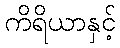
ကိရိယာနှင့်